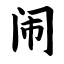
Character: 闹